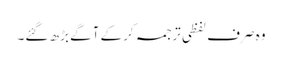
وہ صرف لفظی ترجمہ کرکے آگے بڑھ گئے۔